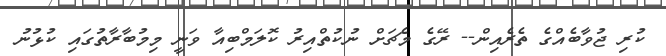
ކުރި ޖުވާބެއްގެ ތެރެއިން-- ރޭގެ މެޗަށް ނުކުތްއިރު ކޮލަމްބިއާ ވަނީ މިމުބާރާތުގައި ކުޅުނު